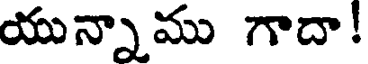
యున్నాము గాదా!